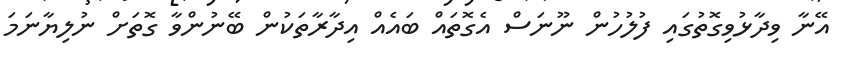
އޭނާ ވިދާޅުވިގޮތުގައި ފުލުހުން ނޫނަސް އެގޮތައް ބައެއް އިދާރާތަކުން ބޭނުންވާ ގޮތަށް ނުލިޔާނަމަ